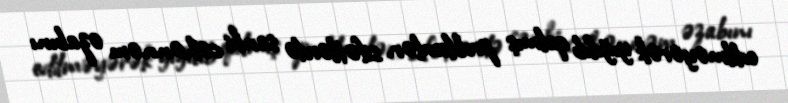
edilməyərək yığılıb qalmış problemlər, sifətlərdə sanki cəhənnəm əzabını